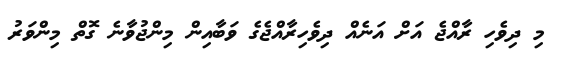
މި ދިވެހި ރާއްޖެ އަށް އަނެއް ދިވެހިރާއްޖެގެ ވަބާއިން މިންޖުވާނެ ގޮތް މިންވަރު